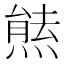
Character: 㷱